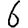
Digit: 6